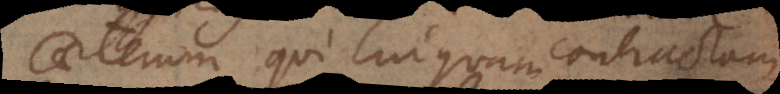
Caeterum qui linguam contractam